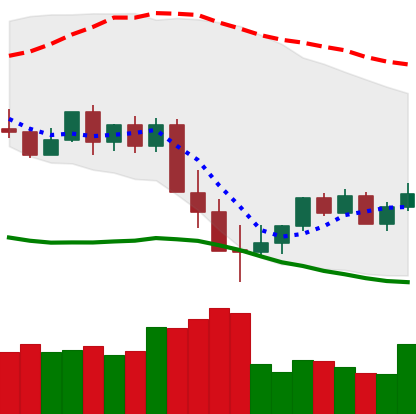
Ticker: XMR-USD
Chart end date: 2022-05-20
Forward return: 17.043%
Label: up_7plus